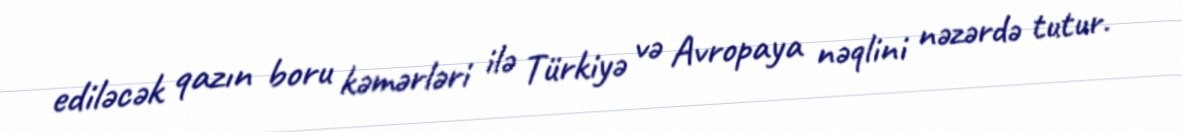
ediləcək qazın boru kəmərləri ilə Türkiyə və Avropaya nəqlini nəzərdə tutur.